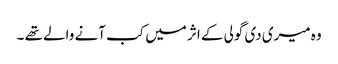
وہ میری دی گولی کے اثر میں کب آنے والے تھے ۔